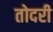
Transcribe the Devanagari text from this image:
तोदरी